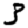
Digit: 3